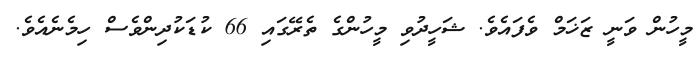
މީހުން ވަނީ ޒަޚަމް ވެފައެވެ. ޝަހީދުވި މީހުންގެ ތެރޭގައި 66 ކުޑަކުދިންވެސް ހިމެނެއެވެ.